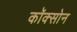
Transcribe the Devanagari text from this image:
कॉक्सोन